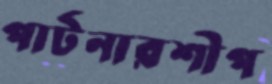
পার্টনারশীপ